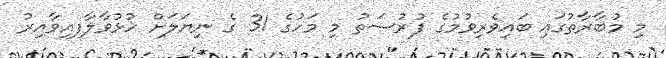
މި މުބާރާތުގައި ބައިވެރިވުމުގެ ފުރުސަތު މި މަހުގެ 31 ގެ ނިޔަލަށް ހުޅުވާލާފއިވާއިރު